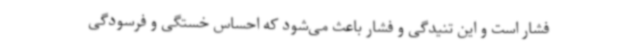
فشار است و این تنیدگی و فشار باعث می‌شود که احساس خستگی و فرسودگی